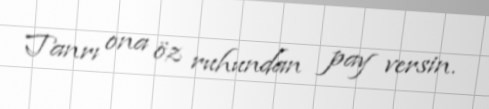
Tanrı ona öz ruhundan pay versin.